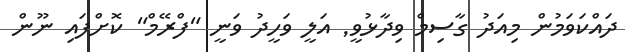
ދައްކަވަމުން މިއަދު ގާސިމް ވިދާޅުވީ